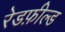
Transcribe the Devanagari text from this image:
रेडफ़ील्ड